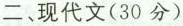
二、现代文(30分)